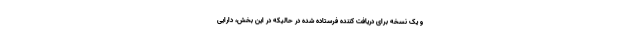
و یک نسخه برای دریافت کننده فرستاده شده در حالیکه در این بخش، دارایی